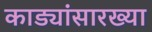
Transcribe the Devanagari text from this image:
काड्यांसारख्या